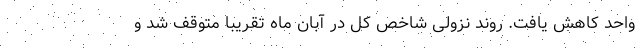
واحد کاهش یافت. روند نزولی شاخص کل در آبان ماه تقریبا متوقف شد و